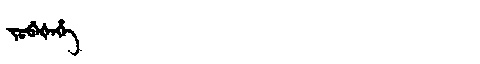
Manchu: ᠵᡠᠪᡝᡧᡝᡥᡝ
Romanization: JUBEŠEHE